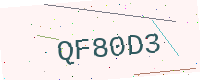
Text: QF80D3